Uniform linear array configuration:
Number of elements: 16
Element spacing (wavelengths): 0.5
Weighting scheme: hann
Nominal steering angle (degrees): -15
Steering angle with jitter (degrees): -16.37
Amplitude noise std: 0.05
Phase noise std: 0.05

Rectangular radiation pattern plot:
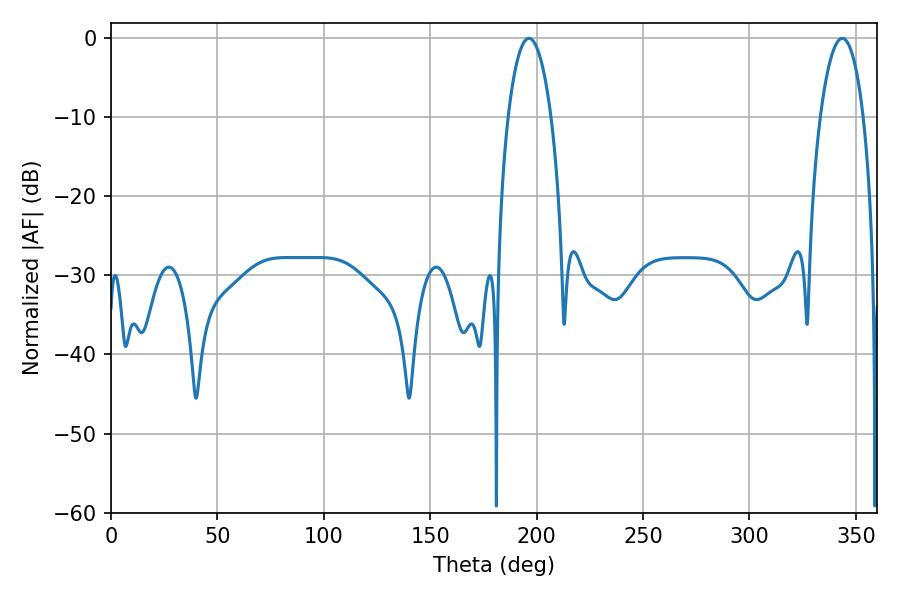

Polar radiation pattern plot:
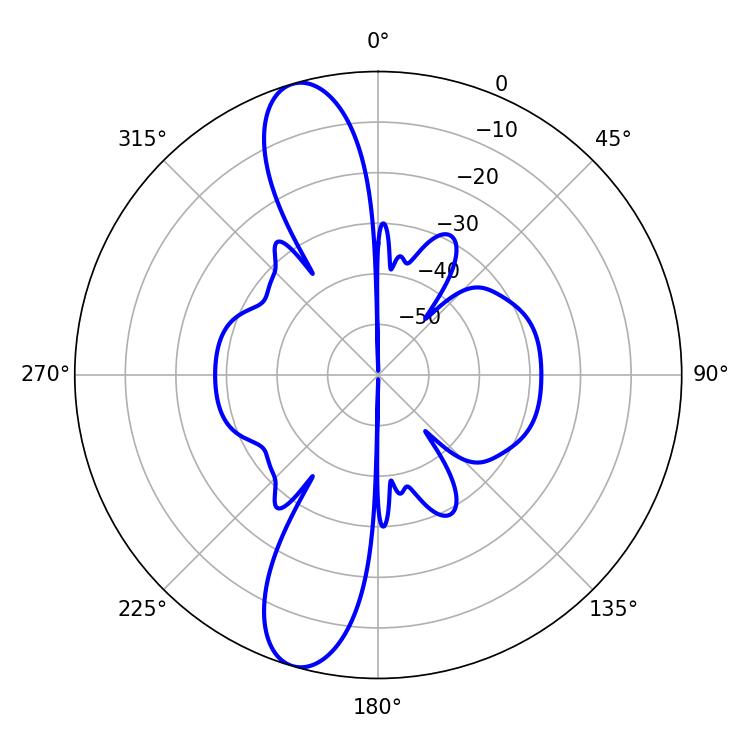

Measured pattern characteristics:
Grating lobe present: FALSE
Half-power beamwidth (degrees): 11.34
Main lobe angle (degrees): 196.38